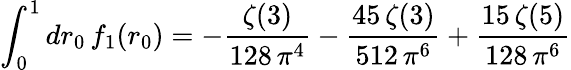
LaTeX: \int_{0}^{1}dr_{0}\, f_{1}(r_{0})=-\frac{\zeta(3)}{128\, \pi^{4}}-\frac{45\, \zeta(3)}{512\, \pi^{6}}+\frac{15\, \zeta(5)}{128\, \pi^{6}}